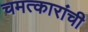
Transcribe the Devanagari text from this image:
चमत्कारांची